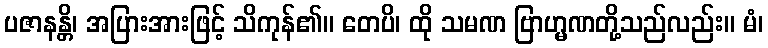
ပဇာနန္တိ၊ အပြားအားဖြင့် သိကုန်၏။ တေပိ၊ ထို သမဏ ဗြာဟ္မဏတို့သည်လည်း။ မံ၊